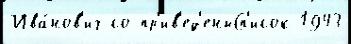
Ива́нов'ич со пр'ив'ед'еныСп'исок 1943